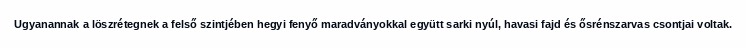
Ugyanannak a löszrétegnek a felső szintjében hegyi fenyő maradványokkal együtt sarki nyúl, havasi fajd és ősrénszarvas csontjai voltak.